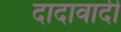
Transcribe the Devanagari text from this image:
दादावादी